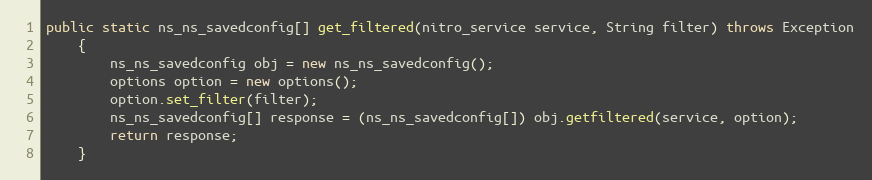
Language: Java
public static ns_ns_savedconfig[] get_filtered(nitro_service service, String filter) throws Exception
	{
		ns_ns_savedconfig obj = new ns_ns_savedconfig();
		options option = new options();
		option.set_filter(filter);
		ns_ns_savedconfig[] response = (ns_ns_savedconfig[]) obj.getfiltered(service, option);
		return response;
	}